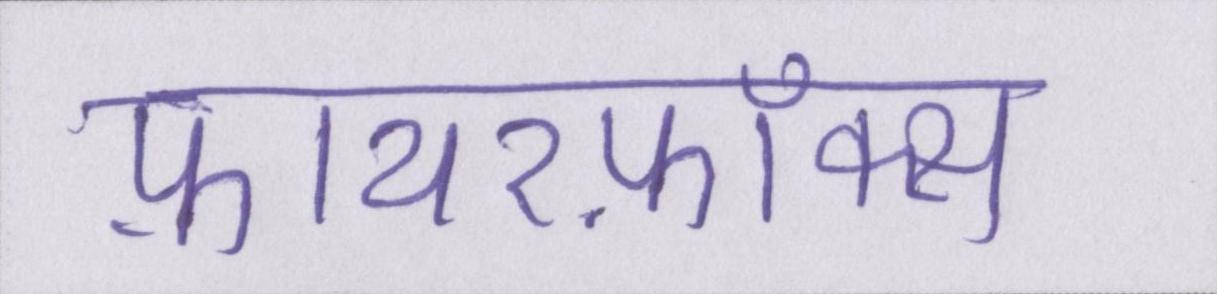
फ़ायरफ़ॉक्स